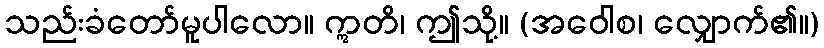
သည်းခံတော်မူပါလော။ ဣတိ၊ ဤသို့။ (အဝေါစ၊ လျှောက်၏။)